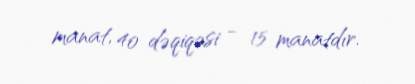
manat, 40 dəqiqəsi - 15 manatdır.